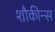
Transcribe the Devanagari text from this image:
शौकीन्स